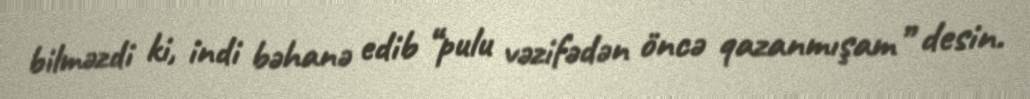
bilməzdi ki, indi bəhanə edib “pulu vəzifədən öncə qazanmışam” desin.